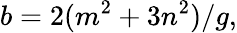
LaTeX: b=2(m^{2}+3n^{2})/g,